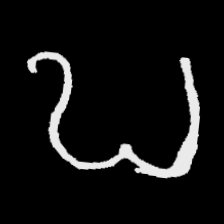
Pyu character \u2014 Myanmar letter: ဎ (romanized: ddha)